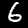
Digit: 6